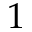
{ 1 }